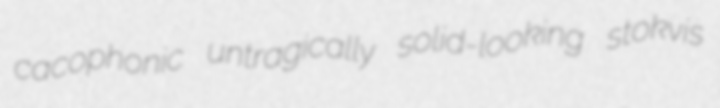
cacophonic untragically solid-looking stokvis